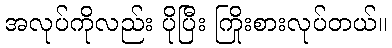
အလုပ်ကိုလည်း ပိုပြီး ကြိုးစားလုပ်တယ်။